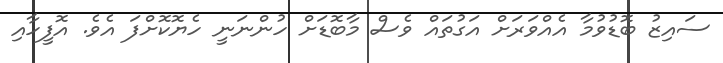
ސައިޒު ބޮޑުވުމާ އެއްވަރަށް އަގުތައް ވެސް މާބޮޑަށް ހުންނަނީ ހެޔޮކޮށްފަ އެވެ. އޮފީހާއި